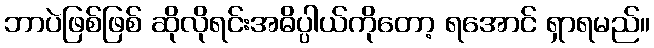
ဘာပဲဖြစ်ဖြစ် ဆိုလိုရင်းအဓိပ္ပါယ်ကိုတော့ ရအောင် ရှာရမည်။